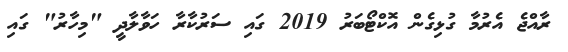
ރާއްޖެ އެރުމާ ގުޅިގެން އޮކްޓޯބަރު 2019 ގައި ސަރުކާރާ ހަވާލާދީ "މިހާރު" ގައި